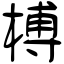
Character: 榑